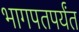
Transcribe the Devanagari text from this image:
भागपतपर्यंत